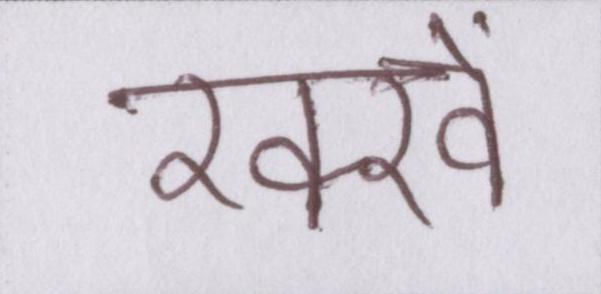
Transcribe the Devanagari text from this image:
रक्खे